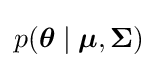
p({\boldsymbol {\theta }}\mid {\boldsymbol {\mu }},{\boldsymbol {\Sigma }})